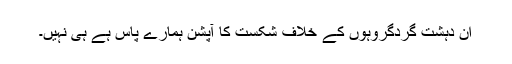
ان دہشت گردگروہوں کے خلاف شکست کا آپشن ہمارے پاس ہے ہی نہيں۔